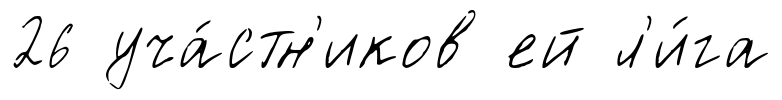
26 уча́стн'иков ей л'и́га